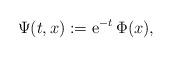
LaTeX: \begin{align*}\Psi(t,x):= \mathrm{e}^{-t}\,\Phi(x),\end{align*}